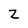
Character: Z